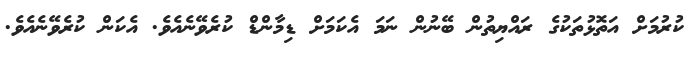
ކުރުމަށް އަތޮޅުތަކުގެ ރައްޔިތުން ބޭނުން ނަމަ އެކަމަށް ޑިމާންޑް ކުރެވޭނެއެވެ. އެކަން ކުރެވޭނެއެވެ.